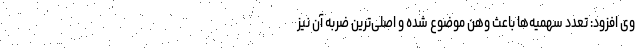
وی افزود: تعدد سهمیه‌ها باعث وهن موضوع شده و اصلی‌ترین ضربه آن نیز